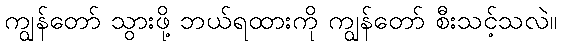
ကျွန်တော် သွားဖို့ ဘယ်ရထားကို ကျွန်တော် စီးသင့်သလဲ။